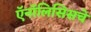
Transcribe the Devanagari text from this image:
ऍनॉलिसिसचे